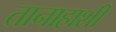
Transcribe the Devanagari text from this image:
तानाहाशी